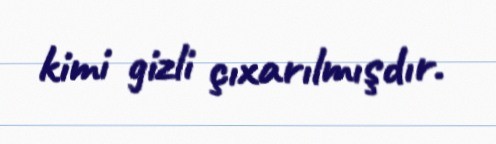
kimi gizli çıxarılmışdır.